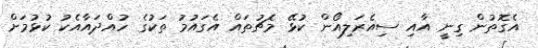
އެގޮތުން ގިނީ އާއި ސިއެރަލިއޯން ކުޅޭ މެޗުތައް އެގައުމު ތަކުގެ ހުއްދައާއެކު ކުޅުމަށް